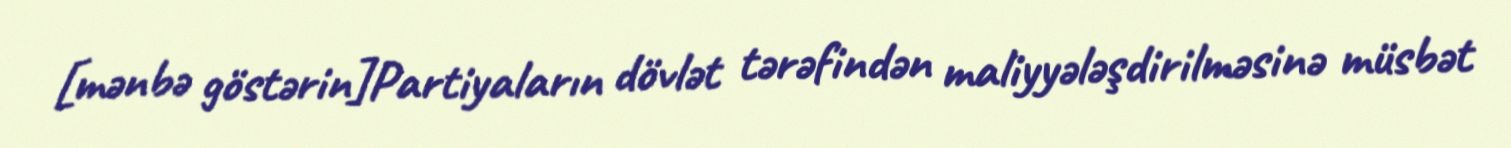
[mənbə göstərin]Partiyaların dövlət tərəfindən maliyyələşdirilməsinə müsbət